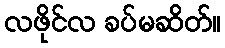
လဖိုင်လ ခပ်မဆိတ်။